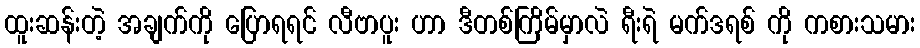
ထူးဆန်းတဲ့ အချက်ကို ပြောရရင် လီဗာပူး ဟာ ဒီတစ်ကြိမ်မှာလဲ ရီးရဲ မက်ဒရစ် ကို ကစားသမား